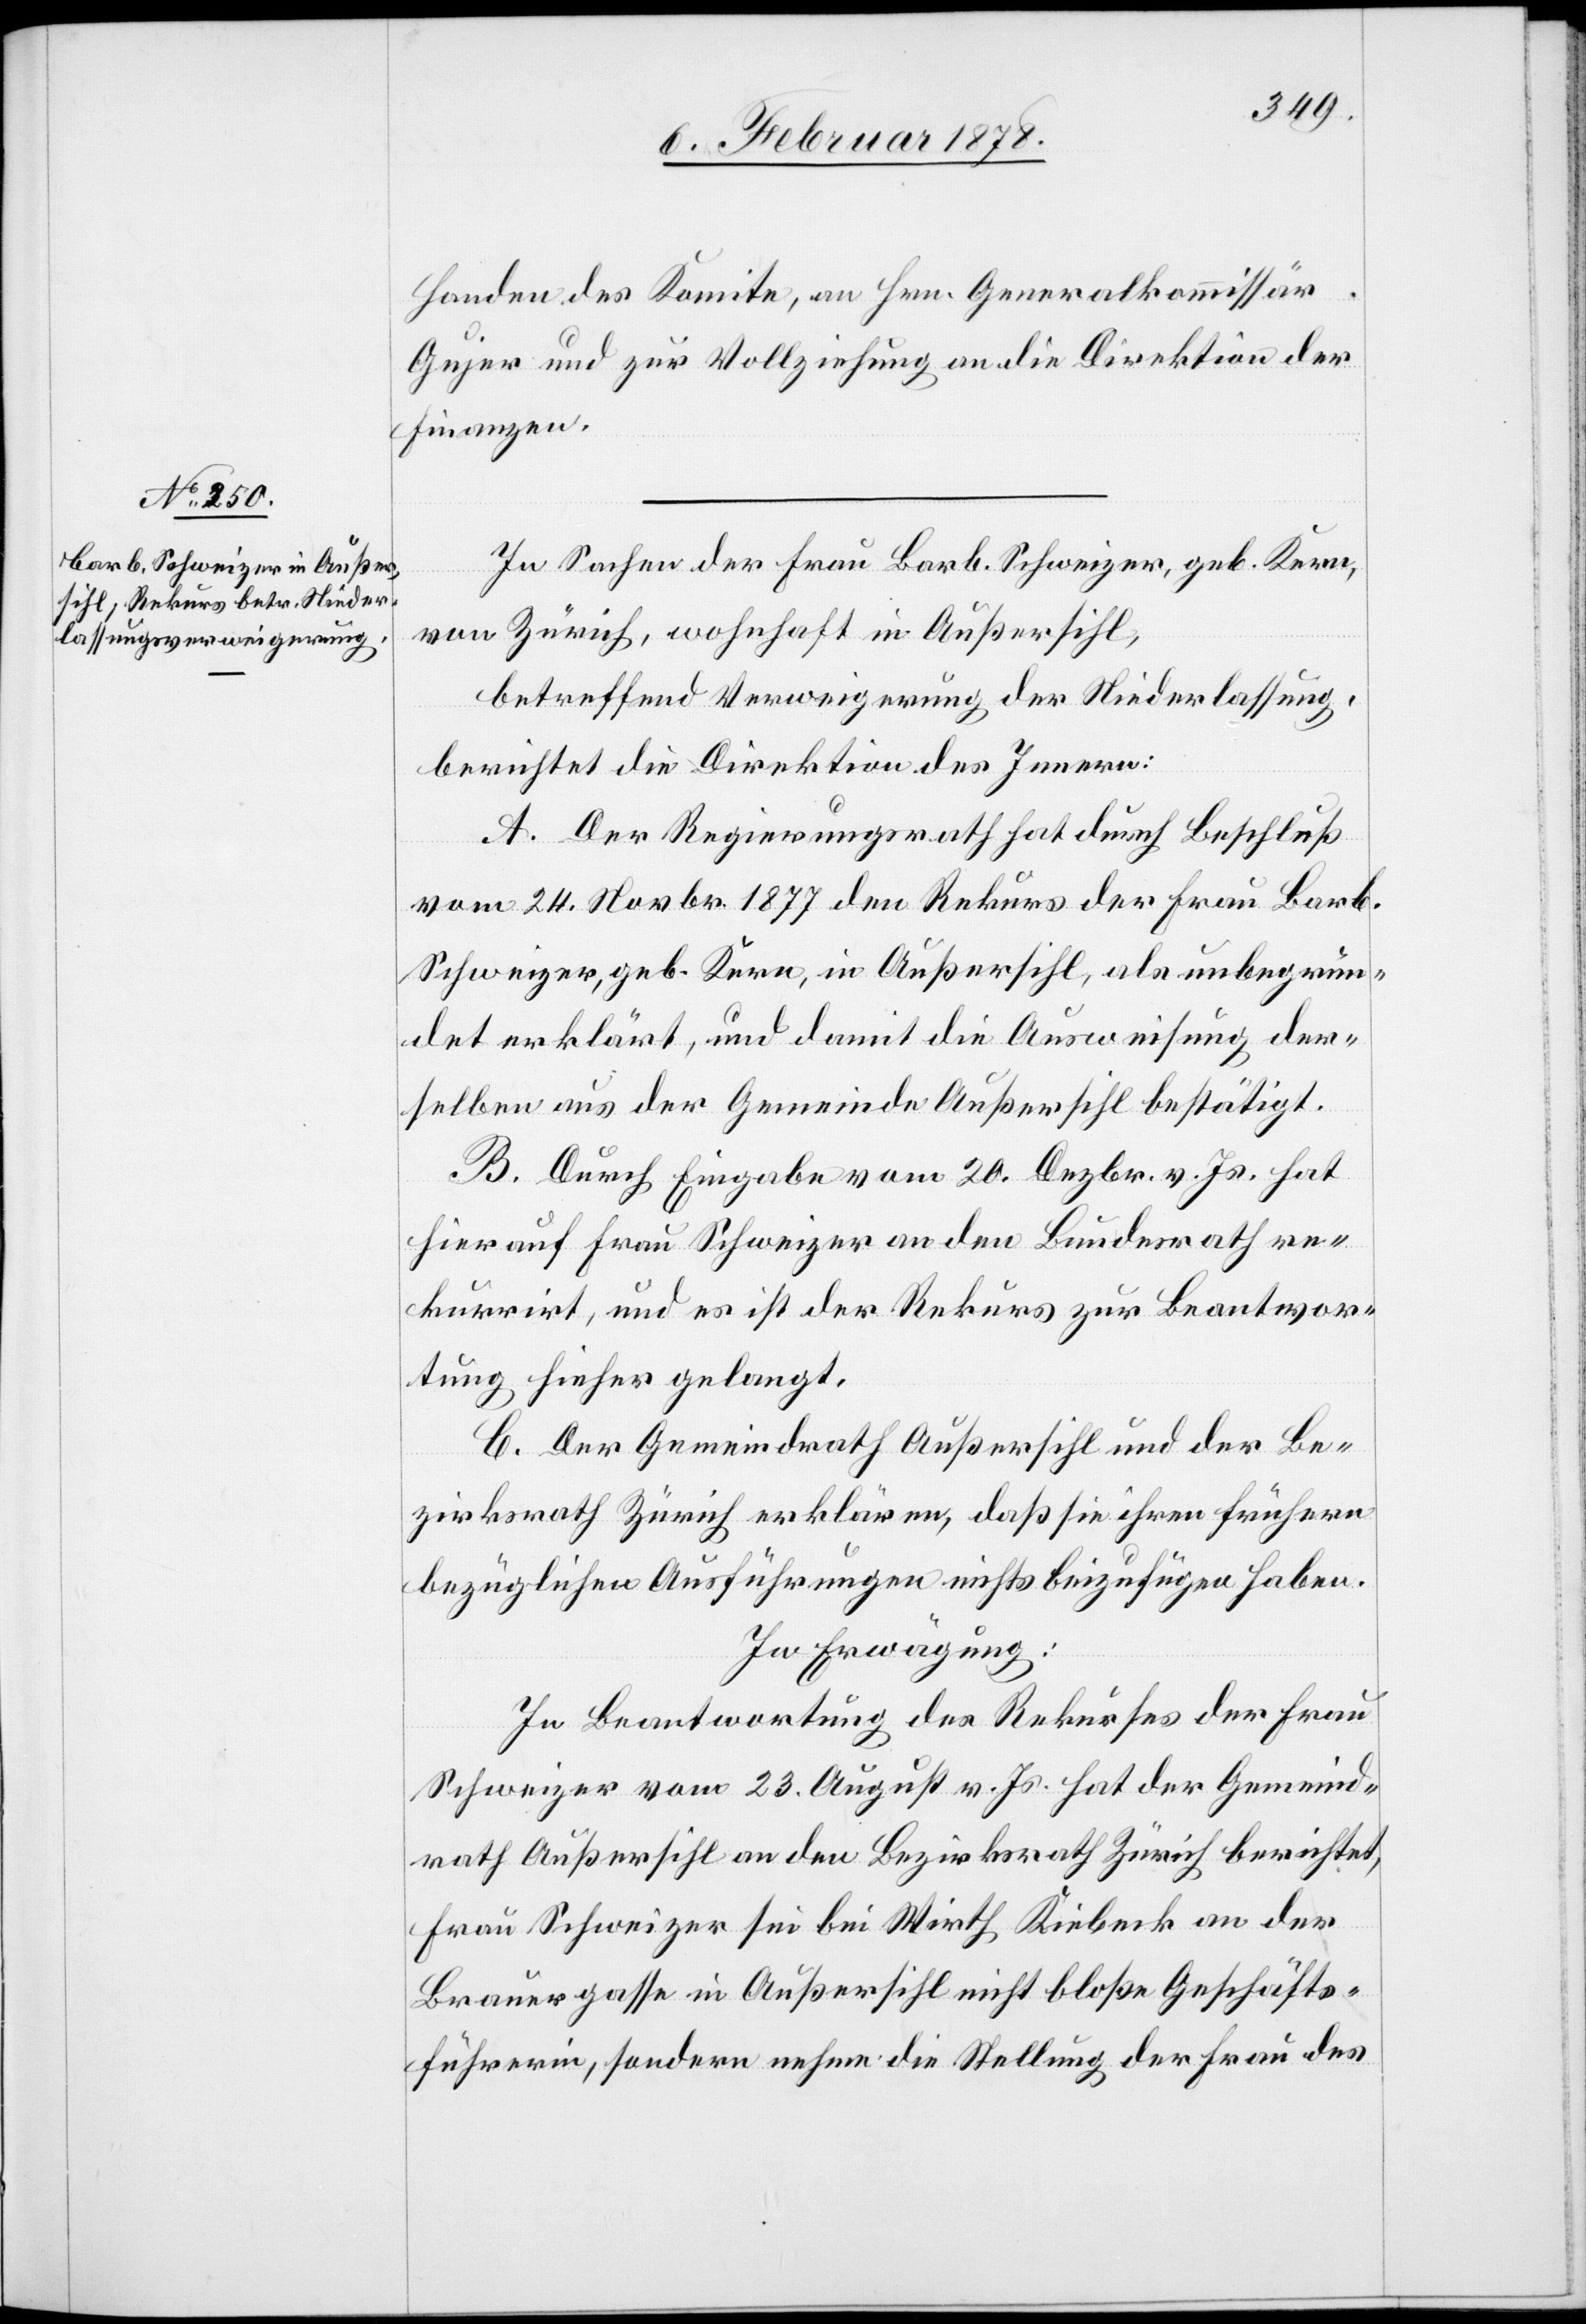
Handen des Komitee, an Hrn. Generalkommissär
Gujer und zur Vollziehung an die Direktion der
Finanzen.
In Sachen der Frau Barb. Schweizer, geb. Kern,
von Zürich, wohnhaft in Außersihl,
betreffend Verweigerung der Niederlassung,
berichtet die Direktion des Innern:
A. Der Regierungsrath hat durch Beschluß
vom 24. Novbr. 1877 den Rekurs der Frau Barb.
Schweizer, geb. Kern, in Außersihl, als unbegrün¬
det erklärt, und damit die Ausweisung der¬
selben aus der Gemeinde Außersihl bestätigt.
B. Durch Eingabe vom 20. Dezbr. v. Js. hat
hierauf Frau Schweizer an den Bundesrath re¬
kurrirt, und es ist der Rekurs zur Beantwor¬
tung hieher gelangt.
C. Der Gemeindrath Außersihl und der Be¬
zirksrath Zürich erklären, daß sie ihren frühern
bezüglichen Ausführungen nichts beizufügen haben.
In Erwägung:
In Beantwortung des Rekurses der Frau
Schweizer vom 23. August v. Js. hat der Gemeind¬
rath Außersihl an den Bezirksrath Zürich berichtet,
Frau Schweizer sei bei Wirth Kiebeck an der
Brauergasse in Außersihl nicht bloße Geschäfts¬
führerin, sondern nehme die Stellung der Frau des